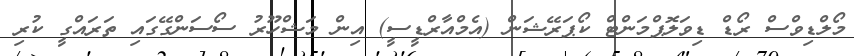
މޯލްޑިވްސް ރޯޑް ޑިވަލޮޕްމަންޓް ކޯޕަރޭޝަން (އެމްއާރްޑީސީ) އިން މަޝްހޫރު ސޯސަންގޭގައި ތަރައްގީ ކުރި